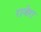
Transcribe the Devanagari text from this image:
राजेरा